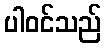
ပါဝင်သည်